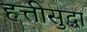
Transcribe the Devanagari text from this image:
हत्तीसुद्धा